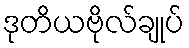
ဒုတိယဗိုလ်ချုပ်